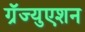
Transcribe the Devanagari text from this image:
ग्रॅज्युएशन